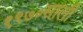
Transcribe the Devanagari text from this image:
१९७०साली